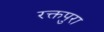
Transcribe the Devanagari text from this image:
रक्तपुरा